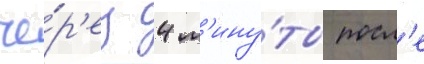
че́р'ез 4 м'ину́ты посл'е